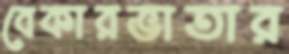
বেকারভাতার